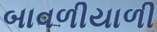
બાવળીયાળી